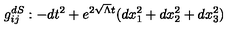
g _ { i j } ^ { d S } : - d t ^ { 2 } + e ^ { 2 \sqrt { \Lambda } t } ( d x _ { 1 } ^ { 2 } + d x _ { 2 } ^ { 2 } + d x _ { 3 } ^ { 2 } )